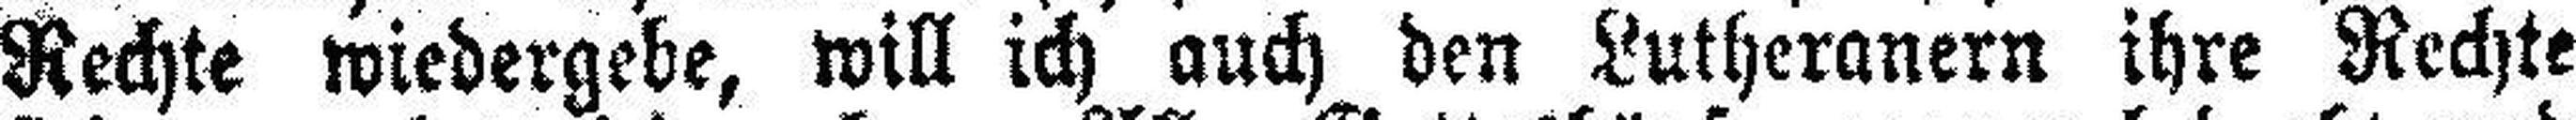
Rechte wiedergebe, will ich auch den Lutheranern ihre Rechte